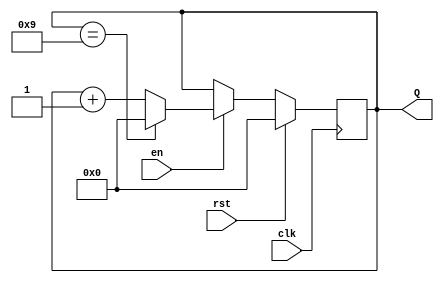
module BCD_Counter (
    input wire clk,      // Clock input
    input wire rst,      // Reset input (active high)
    input wire en,       // Enable input (active high)
    output reg [3:0] Q   // 4-bit output for BCD count
);

// Synchronous logic for the BCD Counter
always @(posedge clk) begin
    if (rst) begin
        Q <= 4'b0000;  // Reset the counter to 0
    end else if (en) begin
        if (Q == 4'b1001) begin
            Q <= 4'b0000;  // Reset to 0 when reaching 10
        end else begin
            Q <= Q + 1;    // Increment the counter
        end
    end
end

endmodule